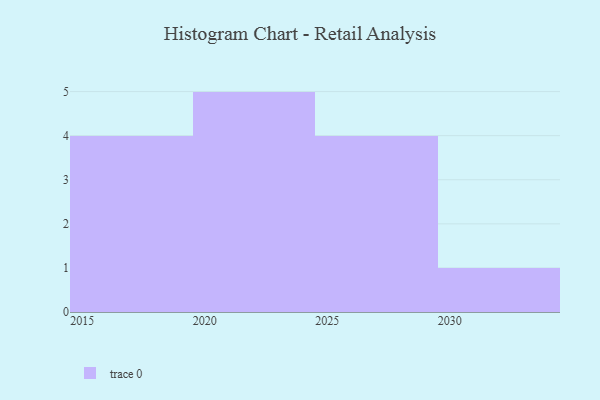
{"axis": {"x": "Year", "y": "Humidity (%)"}, "legend": [""], "data": [{"x": "2028", "y": 28, "type": ""}, {"x": "2030", "y": 61, "type": ""}, {"x": "2017", "y": 80, "type": ""}, {"x": "2026", "y": 42, "type": ""}, {"x": "2018", "y": 13, "type": ""}, {"x": "2020", "y": 42, "type": ""}, {"x": "2025", "y": 99, "type": ""}, {"x": "2029", "y": 93, "type": ""}, {"x": "2019", "y": 83, "type": ""}, {"x": "2015", "y": 84, "type": ""}, {"x": "2023", "y": 97, "type": ""}, {"x": "2022", "y": 37, "type": ""}, {"x": "2021", "y": 11, "type": ""}, {"x": "2024", "y": 15, "type": ""}]}